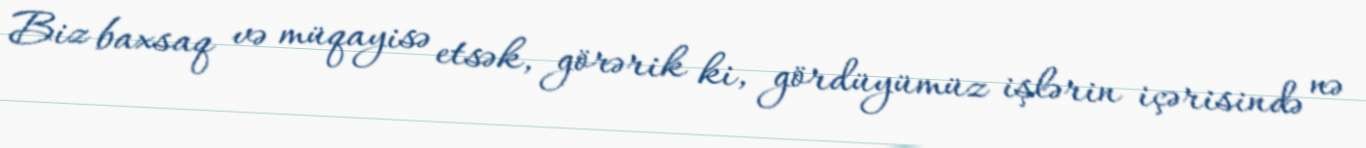
Biz baxsaq və müqayisə etsək, görərik ki, gördüyümüz işlərin içərisində nə